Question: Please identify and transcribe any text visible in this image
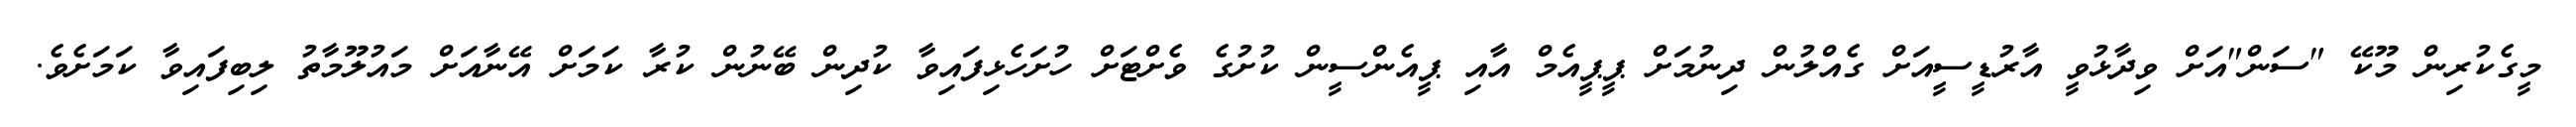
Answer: މީގެކުރިން މޫކޭ "ސަން"އަށް ވިދާޅުވީ އާރުޑީސީއަށް ގެއްލުން ދިނުމަށް ޕީޕީއެމް އާއި ޕީއެންސީން ކުށުގެ ވެށްޓަށް ހުށަހެޅިފައިވާ ކުދިން ބޭނުން ކުރާ ކަމަށް އޭނާއަށް މައުލޫމާތު ލިބިފައިވާ ކަމަށެވެ.